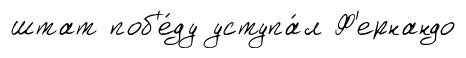
штат поб'е́ду уступа́л Ф'ернандо